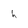
Character: h